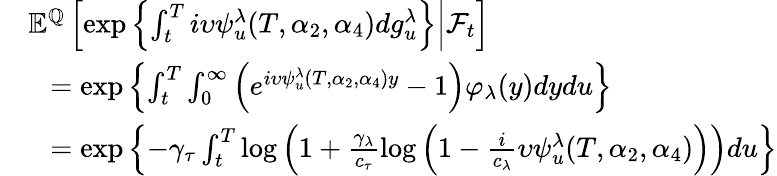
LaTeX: \begin{array}{rl}&{{\mathbb E}^{{\mathbb Q}}\left[\left.\exp\left\lbrace\int_{t}^{T}i\upsilon\psi_{u}^{\lambda}(T,\alpha_{2},\alpha_{4})dg_{u}^{\lambda}\right\rbrace\right\rvert{\mathcal F}_{t}\right]}\\ &{\ \ =\exp\left\lbrace\int_{t}^{T}\int_{0}^{\infty}\left(e^{i\upsilon\psi_{u}^{\lambda}(T,\alpha_{2},\alpha_{4})y}-1\right)\varphi_{\lambda}(y)dydu\right\rbrace}\\ &{\ \ =\exp\left\lbrace-\gamma_{\tau}\int_{t}^{T}\log\left(1+\frac{\gamma_{\lambda}}{c_{\tau}}\log\left(1-\frac{i}{c_{\lambda}}\upsilon\psi_{u}^{\lambda}(T,\alpha_{2},\alpha_{4})\right)\right)du\right\rbrace}\end{array}